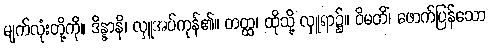
မျက်လုံးတို့ကို။ ဒိန္နာနိ၊ လှူအပ်ကုန်၏။ တတ္ထ၊ ထိုသို့ လှူရာ၌။ ဝိမတိံ၊ ဖောက်ပြန်သော